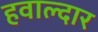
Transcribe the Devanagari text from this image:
हवाल्दार